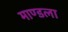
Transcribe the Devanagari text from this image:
माण्डला